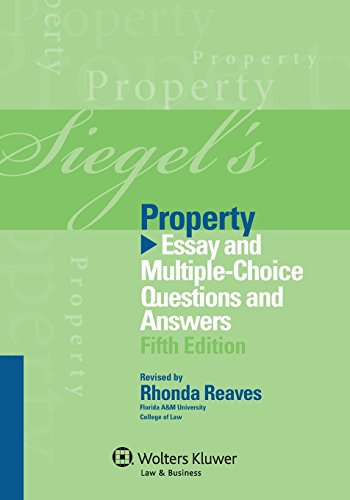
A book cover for Siegel's Property: Essay and Multiple-Choice Questions and Answers (Siegel's Series); Brian N. Siegel; Law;